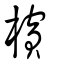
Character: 檳